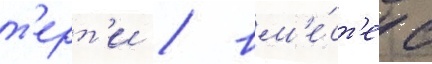
т'ерт'и / вм'е́ст'е с